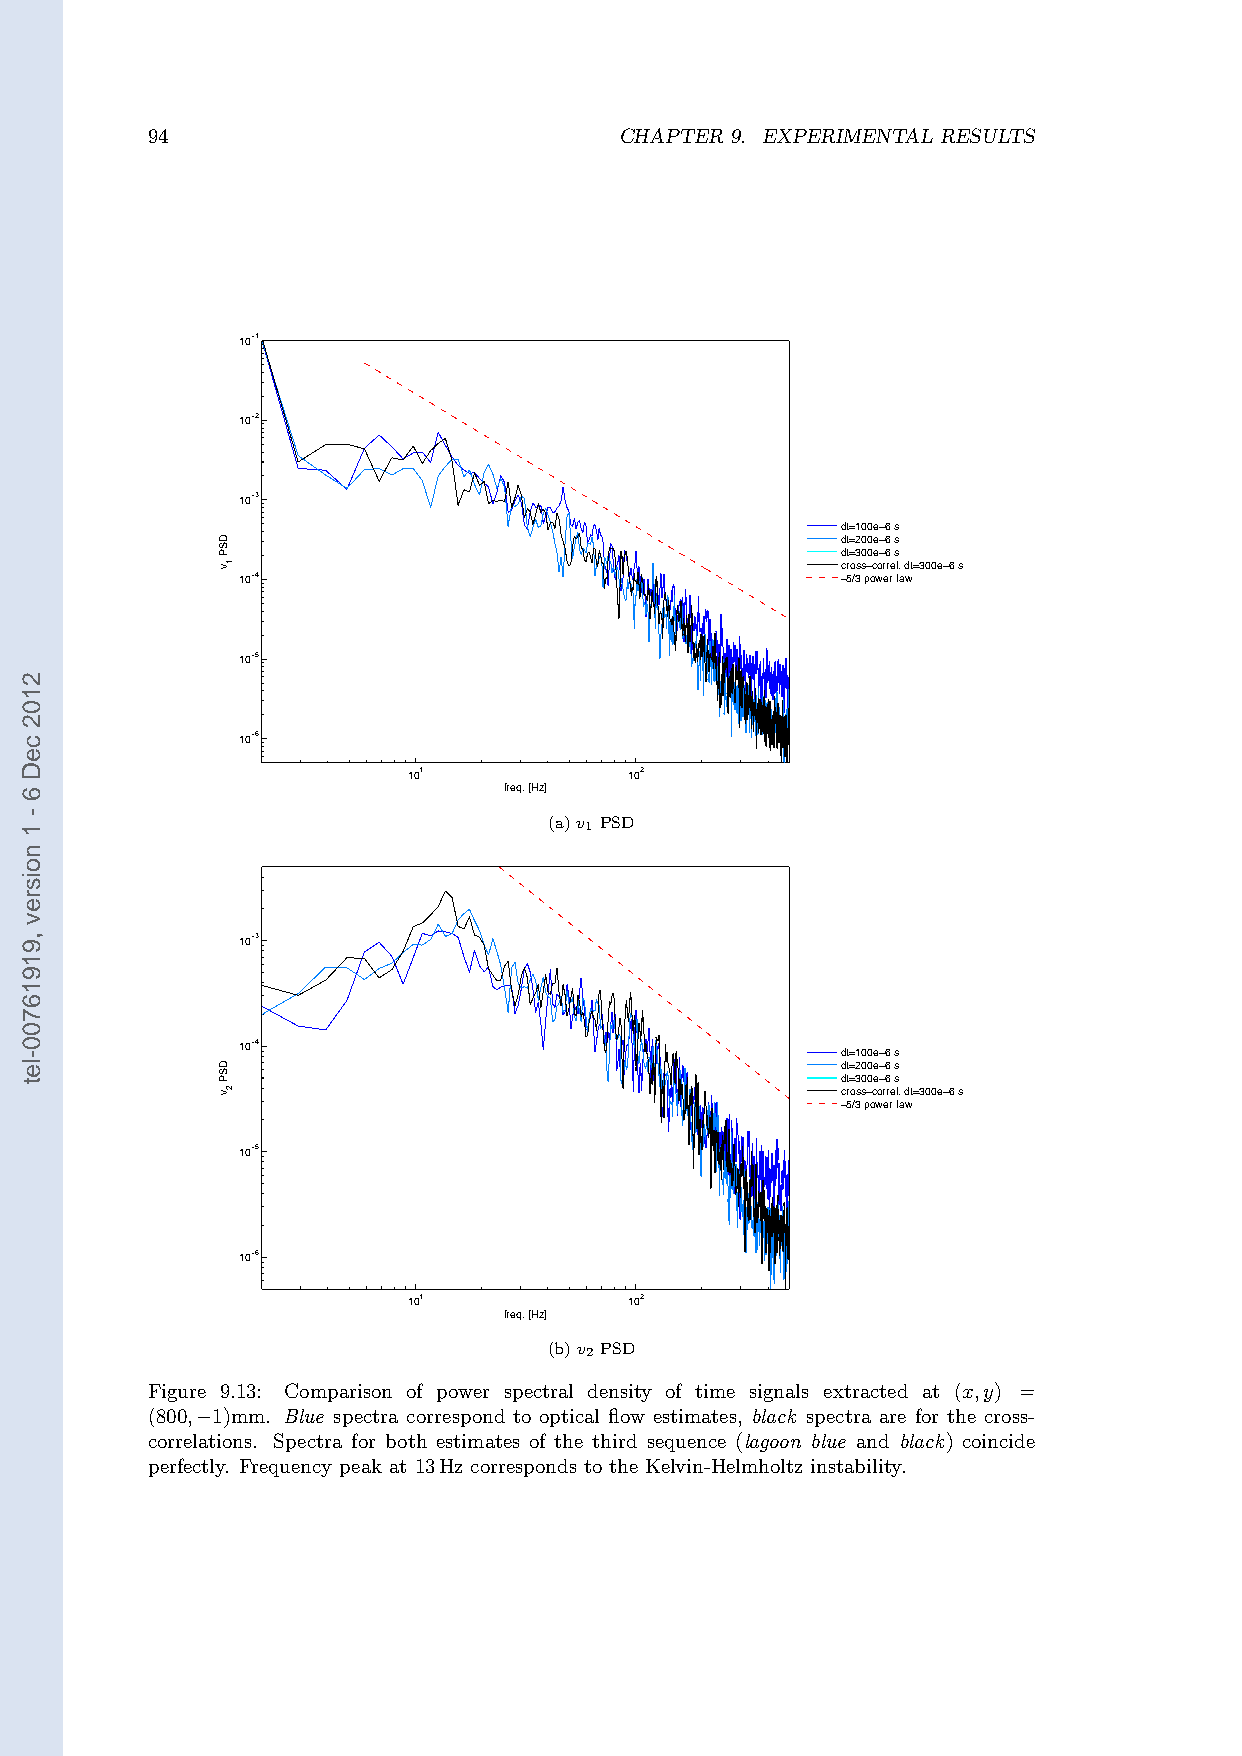
94                             CHAPTER 9. EXPERIMENTAL RESULTS
 10−1
 10−2
 10−3
 dt=100e−6 s
 dt=200e−6 s
 dt=300e−6 s
 cross−correl. dt=300e−6 s
 10−4                                    −5/3 power law
 10−5
 10−6
 101            102
 freq. [Hz]
 (a)v1 PSD
 10−3
 10−4
 dt=100e−6 s
 dt=200e−6 s
 dt=300e−6 s
 cross−correl. dt=300e−6 s
 −5/3 power law
 10−5
 10−6
 101            102
 freq. [Hz]
 (b)v2 PSD
 Figure 9.13: Comparison of power spectral density of time signals extracted at (x,y) =
 (800, 1)mm. Blue spectra correspond to optical flow estimates, black spectra are for the cross-
 correl−ations. Spectra for both estimates of the third sequence (lagoon blue and black) coincide
 perfectly. Frequency peak at 13Hz corresponds to the Kelvin-Helmholtz instability.
 2102
 ceD
 6
 -
 1
 noisrev
 ,91916700-let
 DSP
 v
 DSP
 v
 1
 2